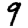
Digit: 9